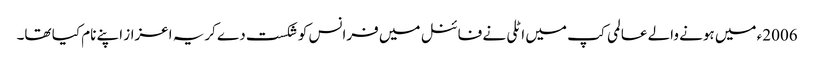
2006ء میں ہونے والے عالمی کپ میں اٹلی نے فائنل میں فرانس کو شکست دے کریہ اعزاز اپنے نام کیا تھا۔